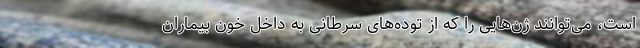
است، می‌توانند ژن‌هایی را که از توده‌های سرطانی به داخل خون بیماران